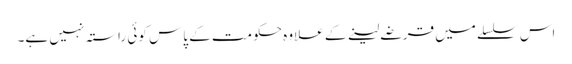
اس سلسلے میں قرضے لینے کے علاوہ حکومت کے پاس کوئی راستہ نہیں ہے۔